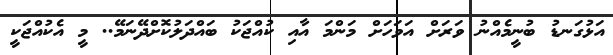
އަޅުގަނޑު ބުނީމެއްނު ވަރަށް އަވަހަށް މަންމަ އާއި ކުއްޖަކު ބައްދަލުކޮށްދޭނަމޭ.. މީ އެކުއްޖަކީ